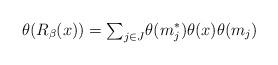
LaTeX: \begin{align*}\theta(R_\beta(x))={\textstyle\sum_{j\in J}}\theta(m_j^*)\theta(x)\theta(m_j)\end{align*}